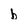
Character: b